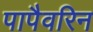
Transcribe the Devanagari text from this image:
पापैवरिन